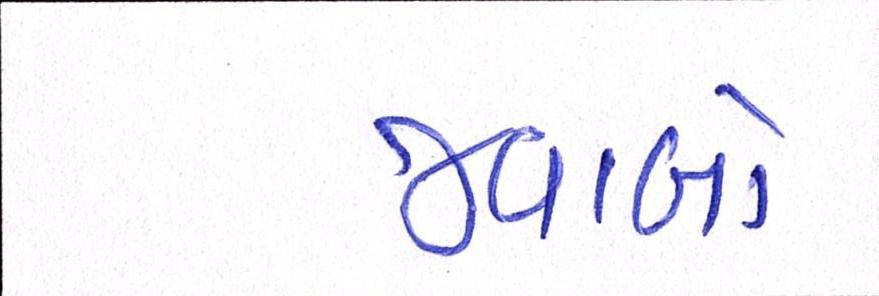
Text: જવાબો